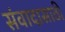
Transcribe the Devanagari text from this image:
संवादासाठी